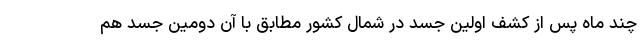
چند ماه پس از کشف اولین جسد در شمال کشور مطابق با آن دومین جسد هم